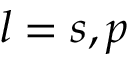
l = s , p